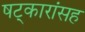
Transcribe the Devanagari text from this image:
षट्कारांसह